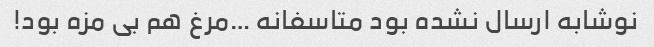
نوشابه ارسال نشده بود متاسفانه …مرغ هم بی مزه بود!